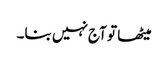
میٹھا تو آج نہیں بنا۔